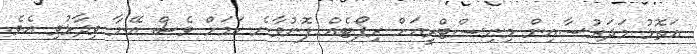
އަތޮޅު މަދަރުސާއިން މިނިސްޓްރީއަށް ރިޕޯޓެއް ފޮނުވާނެ ކަމަށް ވެސް އޭނާ ވިދާޅުވި އެވެ.